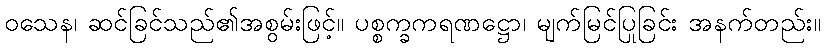
ဝသေန၊ ဆင်ခြင်သည်၏အစွမ်းဖြင့်။ ပစ္စက္ခကရဏဋ္ဌော၊ မျက်မြင်ပြုခြင်း အနက်တည်း။